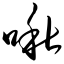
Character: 啾